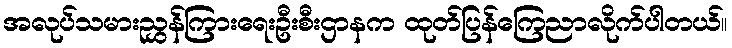
အလုပ်သမားညွှန်ကြားရေးဦးစီးဌာနက ထုတ်ပြန်ကြေညာလိုက်ပါတယ်။